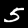
Label: 5